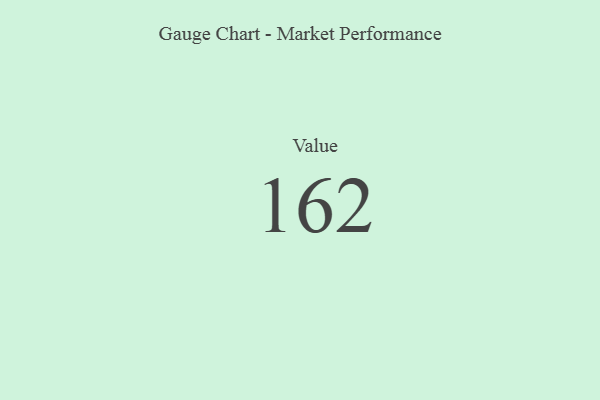
{"axis": {"x": "Metric", "y": "Value"}, "legend": [""], "data": [{"x": "Value", "y": 162, "type": ""}]}